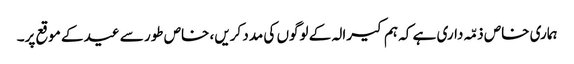
ہماری خاص ذمّہ داری ہے کہ ہم کیرالہ کے لوگوں کی مدد کریں، خاص طور سے عید کے موقع پر۔